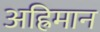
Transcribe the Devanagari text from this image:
अह्रिमान